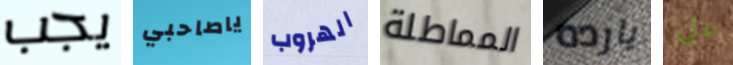
يجب ياصاحبي الهروب المماطلة يارده على